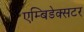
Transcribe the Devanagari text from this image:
एम्बिडेक्सटर